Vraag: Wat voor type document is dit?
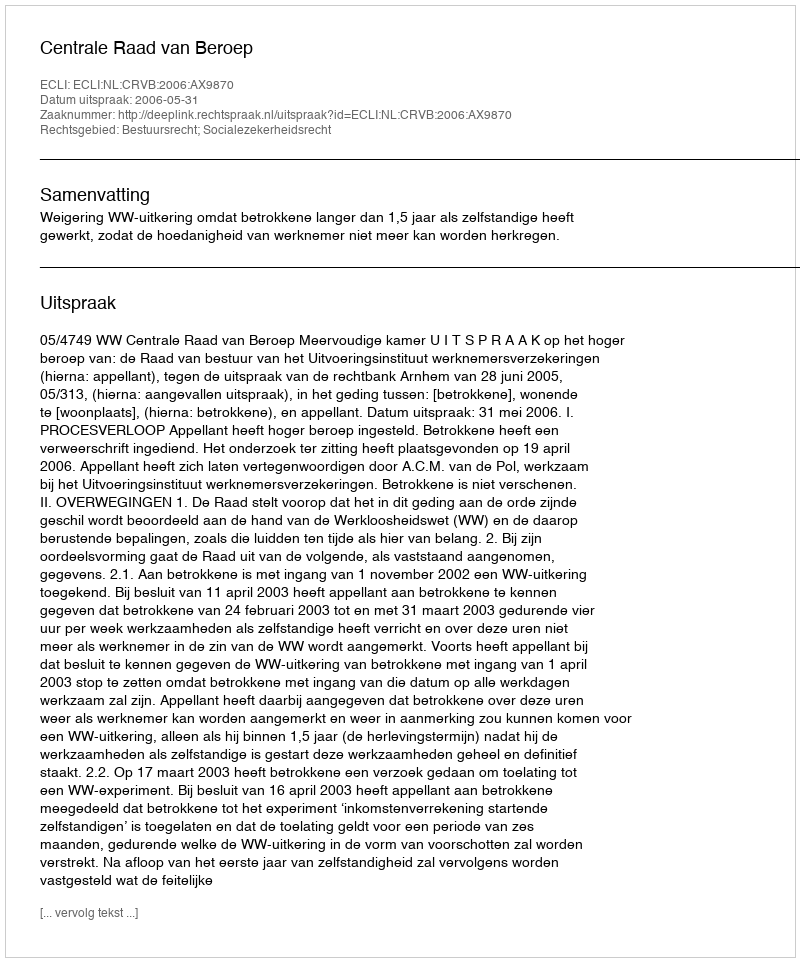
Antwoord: Uitspraak